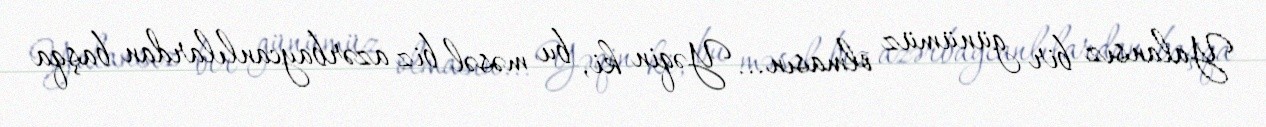
Yalansız bir günümüz olmasın... Yəqin ki, bu məsəl biz azərbaycanlılardan başqa